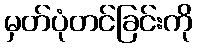
မှတ်ပုံတင်ခြင်းကို